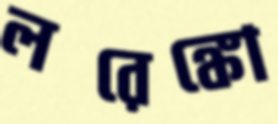
লরেঙ্কো